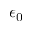
\epsilon _ { 0 }